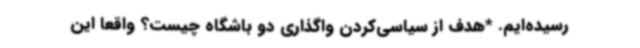
رسیده‌ایم. *هدف از سیاسی‌کردن واگذاری دو باشگاه چیست؟ واقعاً این